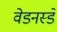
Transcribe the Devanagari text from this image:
वेडनस्डे